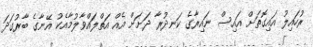
ރުހައިލު އައިގޮތަށް އައިސް ނައިރާގެ ކަނދުރާ ދަށަށް އެއް އަތްލައްވާލުމާއެކު އޭނާގެ ބާރުގަދަ